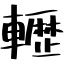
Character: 轣